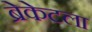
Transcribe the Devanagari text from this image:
ब्रेकेटला